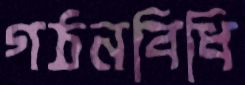
গঠনবিধি